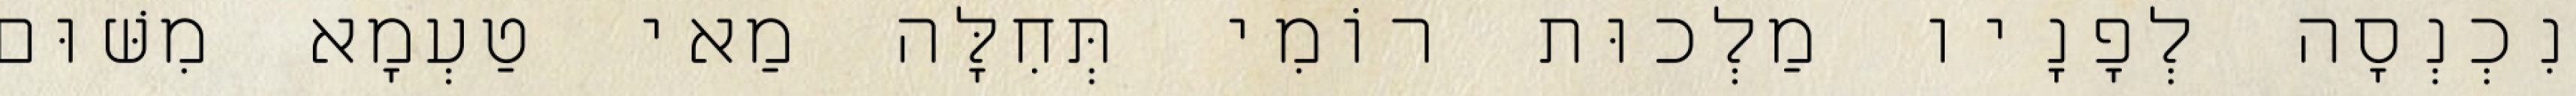
נִכְנְסָה לְפָנָיו מַלְכוּת רוֹמִי תְּחִלָּה מַאי טַעְמָא מִשּׁוּם